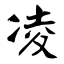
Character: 凌